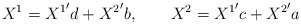
\begin{align*}X^1 = {X^1}' d + {X^2}' b, \qquad X^2 = {X^1}' c + {X^2}' a\end{align*}